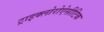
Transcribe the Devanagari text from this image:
ट्राइक्लोरोऐसीटिक